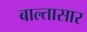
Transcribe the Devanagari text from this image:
बाल्तासार